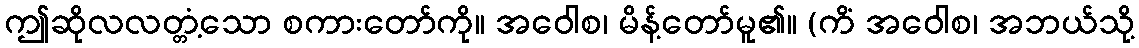
ဤဆိုလလတ္တံ့သော စကားတော်ကို။ အဝေါစ၊ မိန့်တော်မူ၏။ (ကိံ အဝေါစ၊ အဘယ်သို့